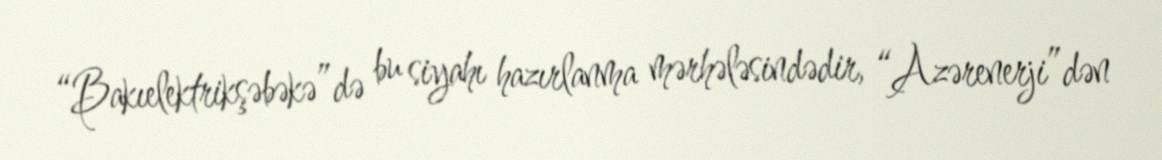
“Bakıelektrikşəbəkə”də bu siyahı hazırlanma mərhələsindədir, “Azərenerji”dən